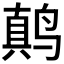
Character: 𱊚